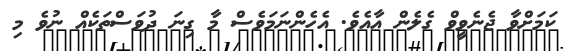
ކަމަށްވާ ޖެނެވީވް ގެލެން އާއެވެ. އެހެންނަމަވެސް މާ ގިނަ ދުވަސްތަކެއް ނުވެ މި